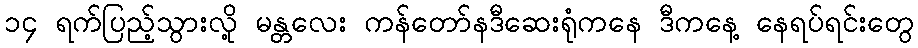
၁၄ ရက်ပြည့်သွားလို့ မန္တလေး ကန်တော်နဒီဆေးရုံကနေ ဒီကနေ့ နေရပ်ရင်းတွေ